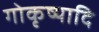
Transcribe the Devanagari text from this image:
गोकृष्यादि